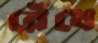
রেঁধে